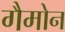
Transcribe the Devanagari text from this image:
गैमोन